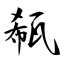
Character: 瓻